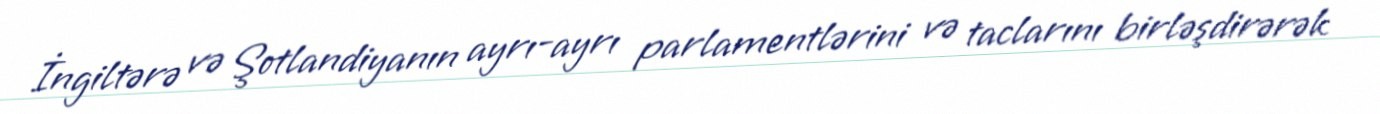
İngiltərə və Şotlandiyanın ayrı-ayrı parlamentlərini və taclarını birləşdirərək